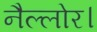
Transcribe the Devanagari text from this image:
नैल्‍लोर।